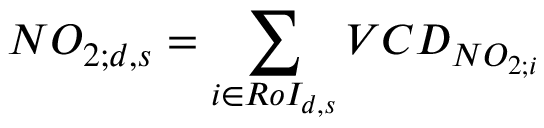
N O _ { 2 ; d , s } = \sum _ { i \in R o I _ { d , s } } V C D _ { N O _ { 2 ; i } }